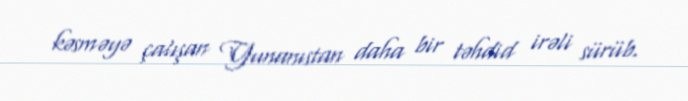
kəsməyə çalışan Yunanıstan daha bir təhdid irəli sürüb.